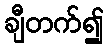
ချီတက်၍